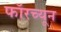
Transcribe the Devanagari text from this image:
फॉरच्यून